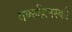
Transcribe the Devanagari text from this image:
वय्कज़िनस्की